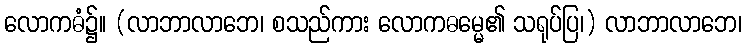
လောကဓံ၌။ (လာဘာလာဘေ၊ စသည်ကား လောကဓမ္မေ၏ သရုပ်ပြ၊) လာဘာလာဘေ၊